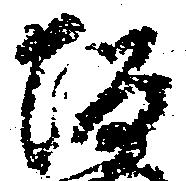
坂